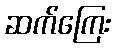
ဆက်ကြေး